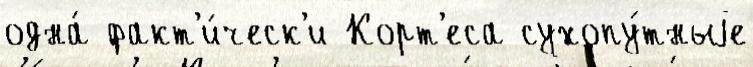
одна́ факт'и́ческ'и Корт'еса сухопу́тныjе